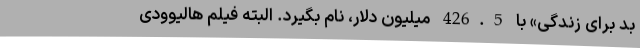
بد برای زندگی» با 426.5 میلیون دلار، نام بگیرد. البته فیلم هالیوودی